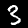
Label: 3